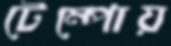
টেম্পোয়